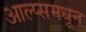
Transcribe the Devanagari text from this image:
आल्प्समधून